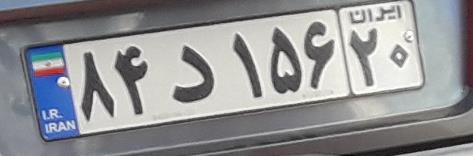
۸۴د۱۵۶۲۰